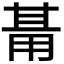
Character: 𭺺